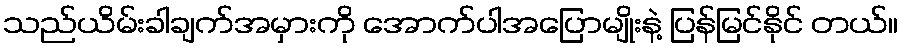
သည်ယိမ်းခါချက်အမှားကို အောက်ပါအပြောမျိုးနဲ့ ပြန်မြင်နိုင် တယ်။